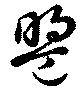
盟